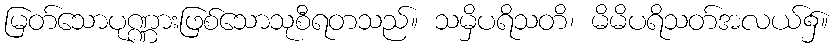
မြတ်သောပုဏ္ဏားဖြစ်သောသုစီရတသည်။ သမှိပရိသတိ၊ မိမိပရိသတ်အလယ်၌။